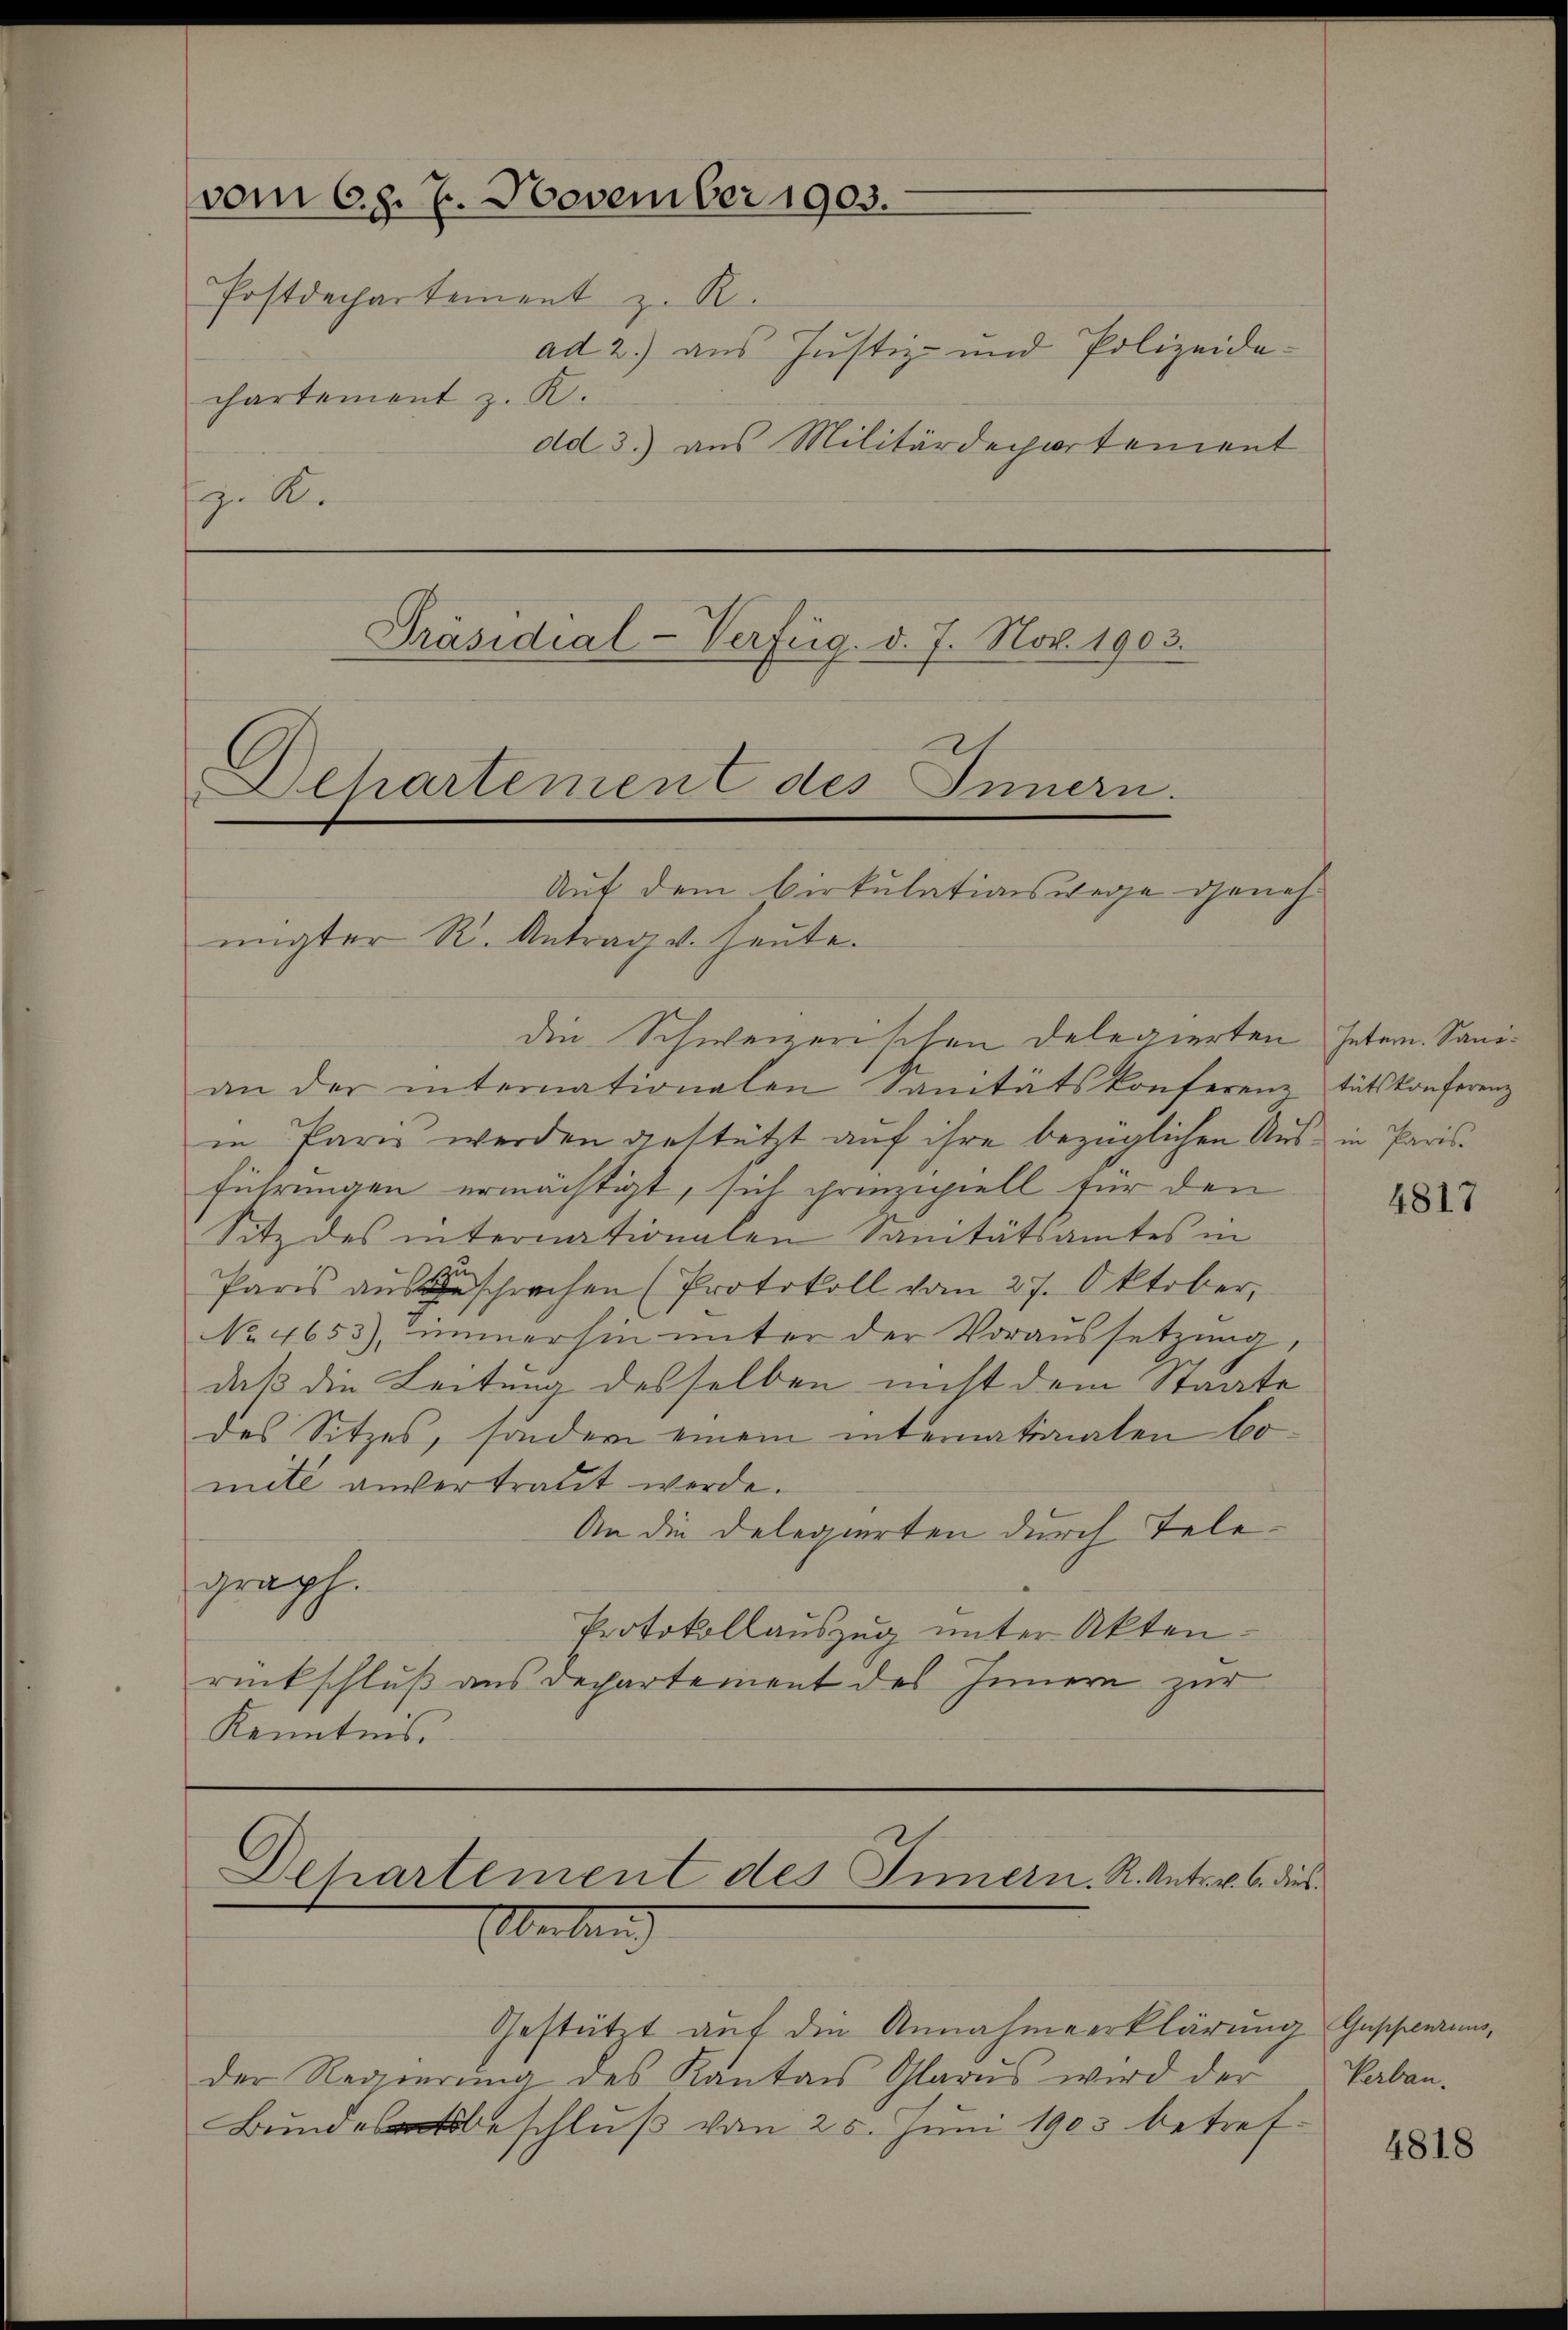
vom 6. d. 7. November 1903.
Postdechartement z. R.
ad 2.) aus Justiz- und Polizeida-
chartement z. R.
dd. 3.) aus Militärdepartement
 A.

Sehartemen C des Innern.
Auf dem Cirkulationswege geneh¬

Präsidial-Verfüg, d. 7. Nov. 1903.

migter R. Antrag v. Heute.
die Schweizerischen Delegierten Intern. Sanian der internationalen Sanitätskonferenz tätskonferenz
in Paris werden gestützt auf ihre bezüglichen Aus in Parisführungen ermächtigt, sich prinzipiell für den
Sitz des internationalen Sanitätsamtes in
.
Paris ausgeschrechen (Protokoll vom 27. Oktober,
No 4653), immerhin unter der Voraussetzung,
daß die Leitung desselben nicht dem Staate
des Sitzes, sondern einem internationalen bomete anvertratet werde.
An die Delegierten durch Telegraph.
Protokollauszug unter Akten.
rückschluß aus Departement des Innern zur
Kenntnis

Dechartement des Innern. K. Antr. 6. dies
Uebung

Gestützt auf die Annahmeerklärung Geschwerung,
der Regierŭng des Kantons Glarus wird der
Bundesbeschluß von 25. Juni 1903 betref¬

4817

Verbau.

4818